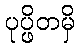
ပုပ္ဖိတမှိ